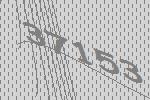
37153